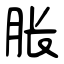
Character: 胀